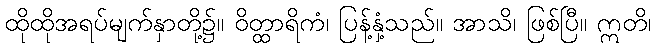
ထိုထိုအရပ်မျက်နှာတို့၌။ ဝိတ္ထာရိကံ၊ ပြန့်နှံ့သည်။ အာသိ၊ ဖြစ်ပြီ။ ဣတိ၊